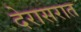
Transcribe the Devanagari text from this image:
देरासरात